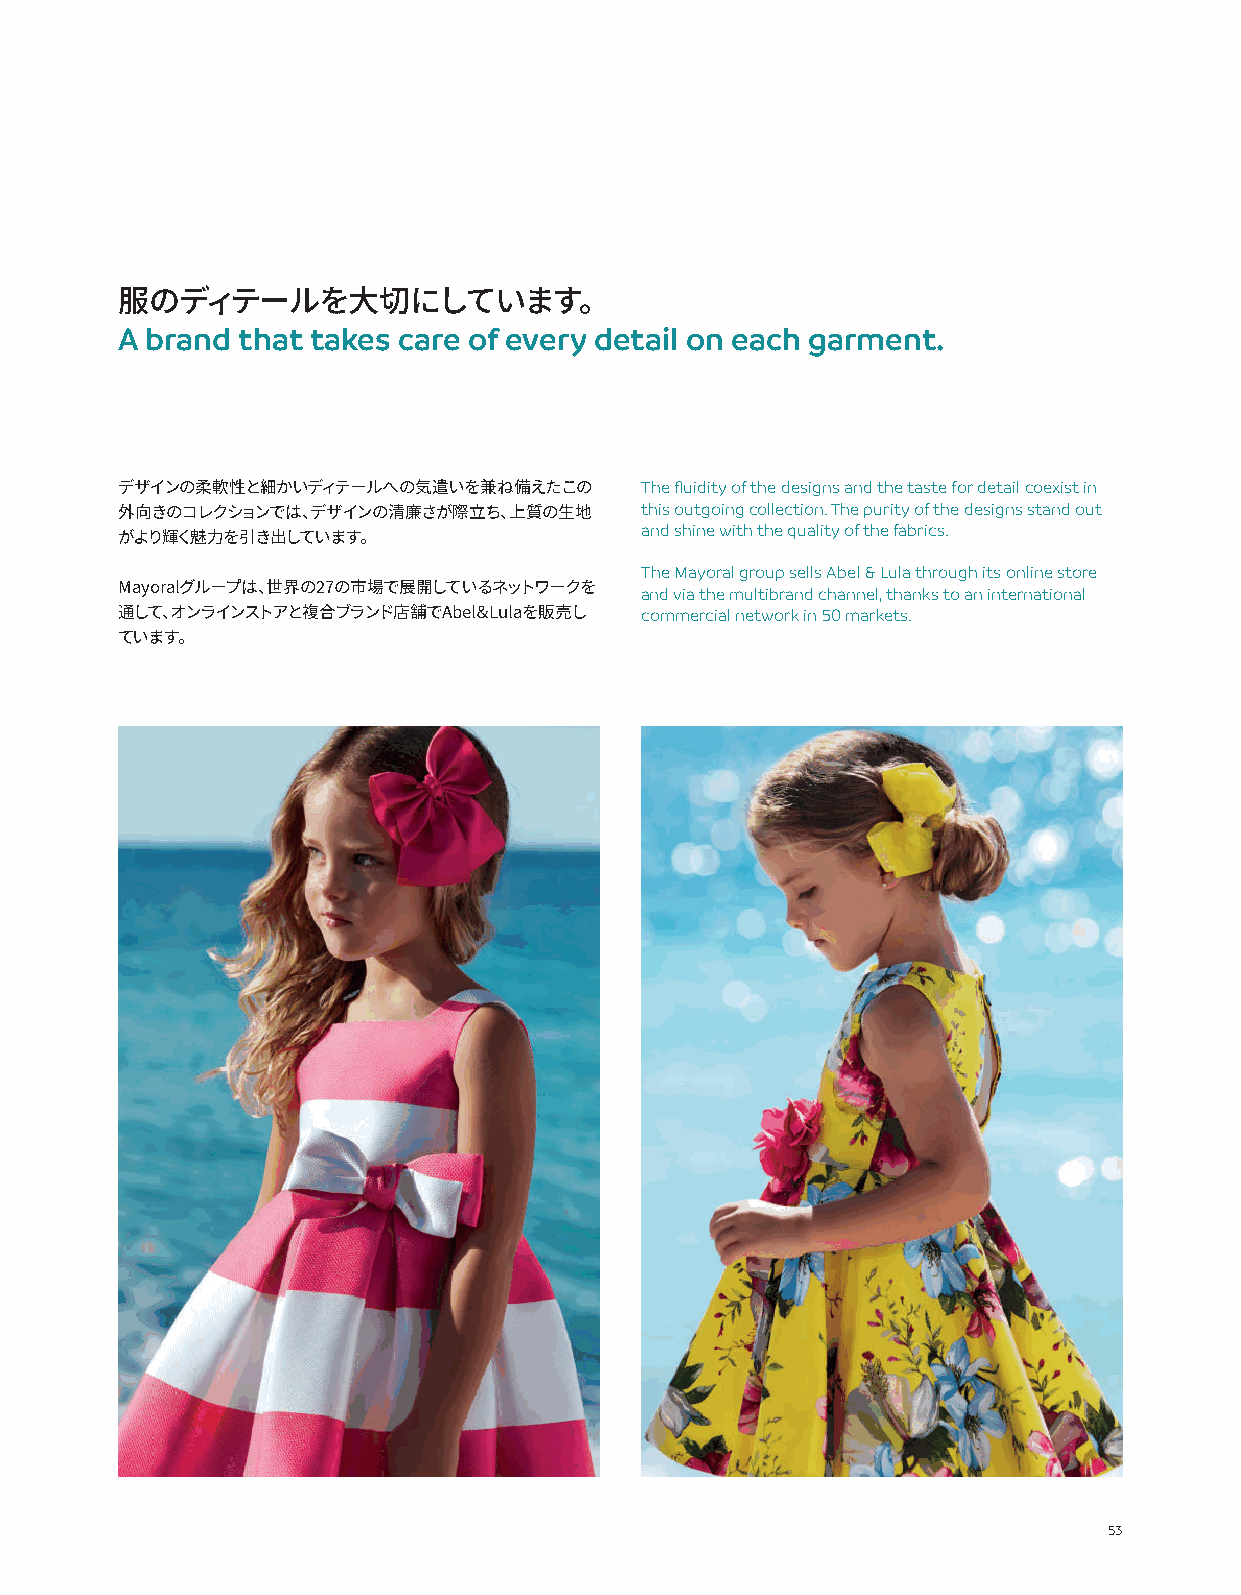
服のディテールを大切にしています。
 A brand that takes care of every detail on each garment.
 The fluidity of the designs and the taste for detail coexist in
 デザインの柔軟性と細かいディテールへの気遣いを兼ね備えたこの
 this outgoing collection. The purity of the designs stand out
 外向きのコレクションでは、デザインの清廉さが際立ち、上質の生地   and shine with the quality of the fabrics.
 がより輝く魅力を引き出しています。
 The Mayoral group sells Abel & Lula through its online store
 and via the multibrand channel, thanks to an international
 Mayoralグループは、世界の27の市場で展開しているネットワークを
 commercial network in 50 markets.
 通して、オンラインストアと複合ブランド店舗でAbel＆Lulaを販売し
 ています。
 53